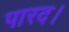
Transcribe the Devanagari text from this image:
पारद।